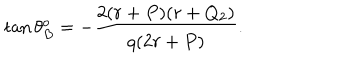
LaTeX: \tan \theta _ { B } ^ { o } = - { \frac { 2 ( r + P ) ( r + Q _ { 2 } ) } { q ( 2 r + P ) } } .